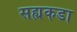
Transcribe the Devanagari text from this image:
सह्यकडा